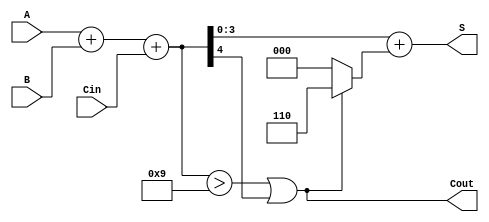
module BCD_Fast_Adder (
    input  [3:0] A,       // First BCD digit
    input  [3:0] B,       // Second BCD digit
    input        Cin,      // Carry-in
    output [3:0] S,       // BCD sum
    output       Cout      // Carry-out
);

    // Internal signals
    wire [4:0] sum;      // 5-bit sum to capture carry
    wire correction;      // Correction condition

    // Step 1: Binary Addition
    assign sum = A + B + Cin; 

    // Step 2: Check for BCD correction
    assign correction = (sum > 9) || sum[4];

    // Step 3: Correction Logic
    assign S = sum + (correction ? 5'd6 : 5'd0);

    // Step 4: Determine Carry-out
    assign Cout = correction;

endmodule